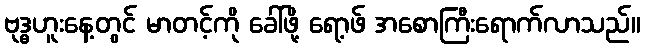
ဗုဒ္ဓဟူးနေ့တွင် မာတင့်ကို ခေါ်ဖို့ ရော့ဖ် အစောကြီးရောက်လာသည်။